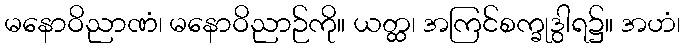
မနောဝိညာဏံ၊ မနောဝိညာဉ်ကို။ ယတ္ထ၊ အကြင်စက္ခုဒွါရ၌။ အဟံ၊